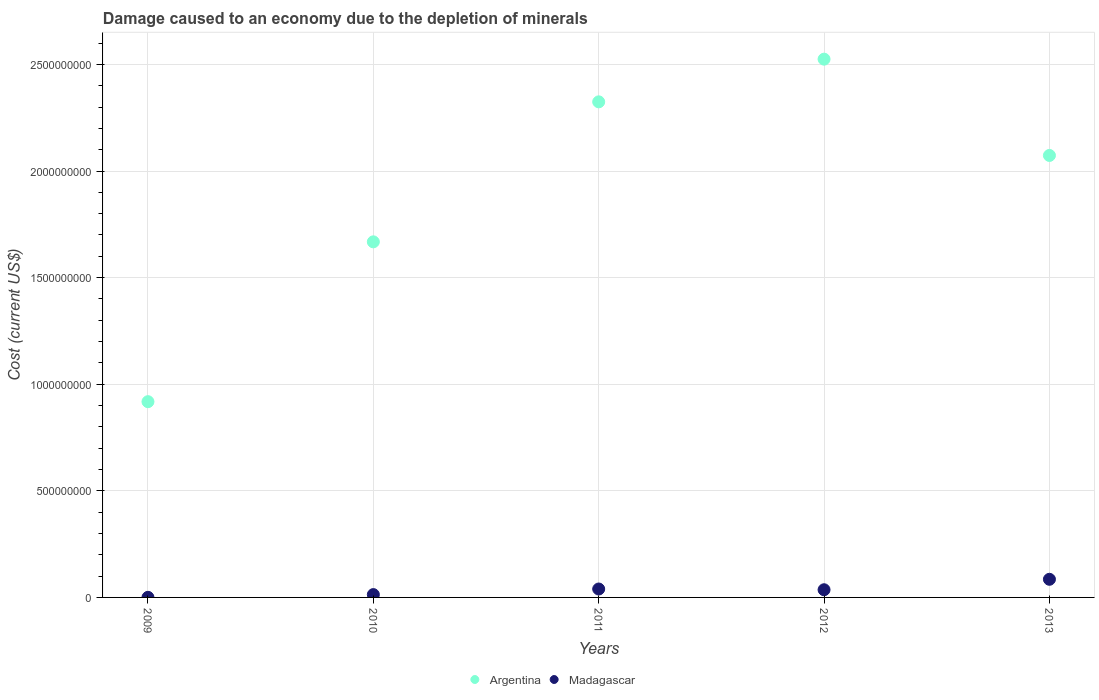
| Years | Argentina | Madagascar |
 | --- | --- | --- |
 | 2009 | 9.18e+08 | 4.19e+05 |
 | 2010 | 1.67e+09 | 1.33e+07 |
 | 2011 | 2.32e+09 | 3.95e+07 |
 | 2012 | 2.52e+09 | 3.6e+07 |
 | 2013 | 2.07e+09 | 8.5e+07 |